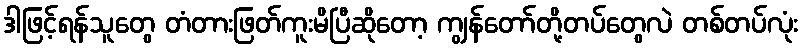
ဒါဖြင့်ရန်သူတွေ တံတားဖြတ်ကူးမိပြီဆိုတော့ ကျွန်တော်တို့တပ်တွေလဲ တစ်တပ်လုံး